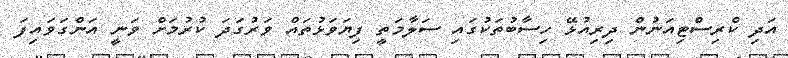
އަދި ކްރިސްޓިއަނުން ދިރިއުޅޭ ހިސާބުތަކުގައި ސަލާމަތީ ފިޔަވަޅުތައް ވަރުގަދަ ކުރުމަށް ވަނީ އަންގަވައިފަ